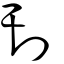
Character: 刊